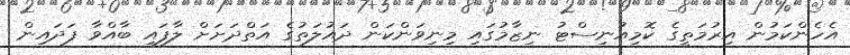
އެހެންކަމުން އިރުމަތީގެ ކޮމިއުނިސްޓު ނިޒާމުގައި މިނިވަންކަން ދައުލަތުގެ އަތްދަށަށް ލާފައި ބާއްވާ ފަދައިން